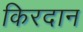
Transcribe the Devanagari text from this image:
किरदान